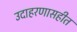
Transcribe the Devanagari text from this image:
उदाहरणासहीत